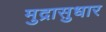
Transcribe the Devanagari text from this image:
मुद्रासुधार